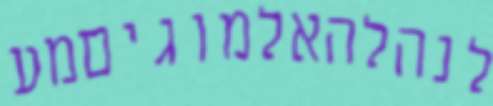
לנהלהאלמוגיםמע